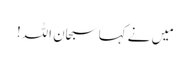
مَیں نے کہا سبحان اللہ!